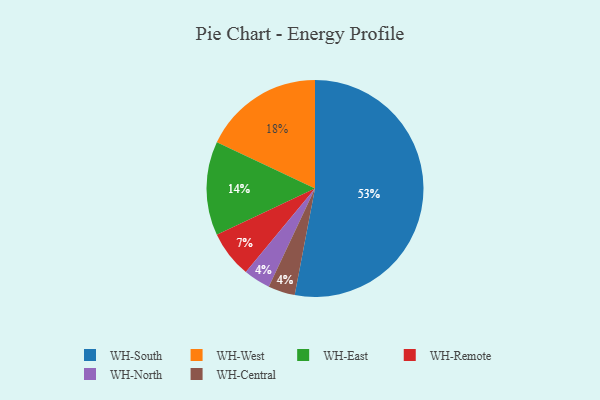
{"axis": {"x": "Category", "y": "Percentage"}, "legend": ["WH-Central", "WH-East", "WH-North", "WH-Remote", "WH-South", "WH-West"], "data": [{"x": "WH-East", "y": 14, "type": "WH-East"}, {"x": "WH-Remote", "y": 7, "type": "WH-Remote"}, {"x": "WH-South", "y": 53, "type": "WH-South"}, {"x": "WH-West", "y": 18, "type": "WH-West"}, {"x": "WH-North", "y": 4, "type": "WH-North"}, {"x": "WH-Central", "y": 4, "type": "WH-Central"}]}